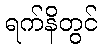
ရက်နိတွင်